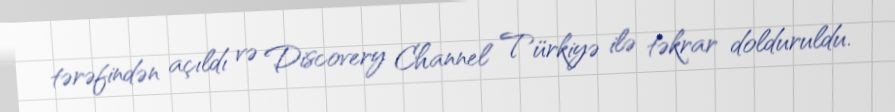
tərəfindən açıldı və Discovery Channel Türkiyə ilə təkrar dolduruldu.